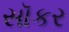
સૉકર